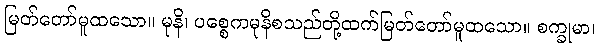
မြတ်တော်မူထသော။ မုနိ၊ ပစ္စေကမုနိစသည်တို့ထက်မြတ်တော်မူထသော။ စက္ခုမာ၊